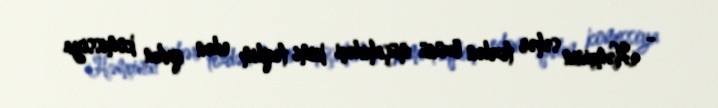
- Həmçinin səhər tezdən özünü müşahidəçi kimi təqdim edən qadın komissiya